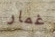
غمار